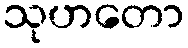
သုဟတော